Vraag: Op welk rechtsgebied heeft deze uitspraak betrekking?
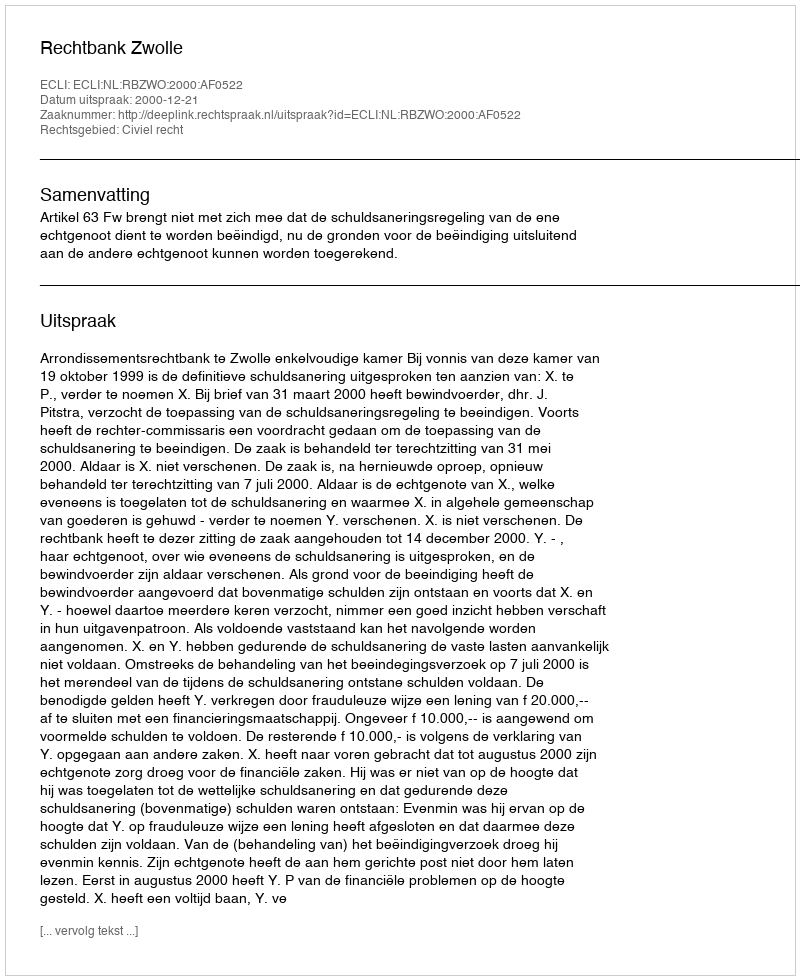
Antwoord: Civiel recht